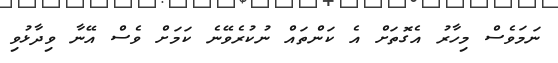
ނަމަވެސް މިހާރު އެގޮތަށް އެ ކަންތައް ނުކުރެވޭނެ ކަމަށް ވެސް އޭނާ ވިދާޅުވި